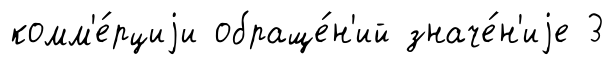
комм'е́рциjи обраще́н'ий значе́н'иjе 3